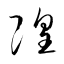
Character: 隍